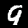
Label: 9